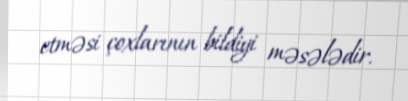
etməsi çoxlarının bildiyi məsələdir.